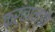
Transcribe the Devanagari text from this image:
फर्नांन्डो